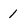
Character: 1